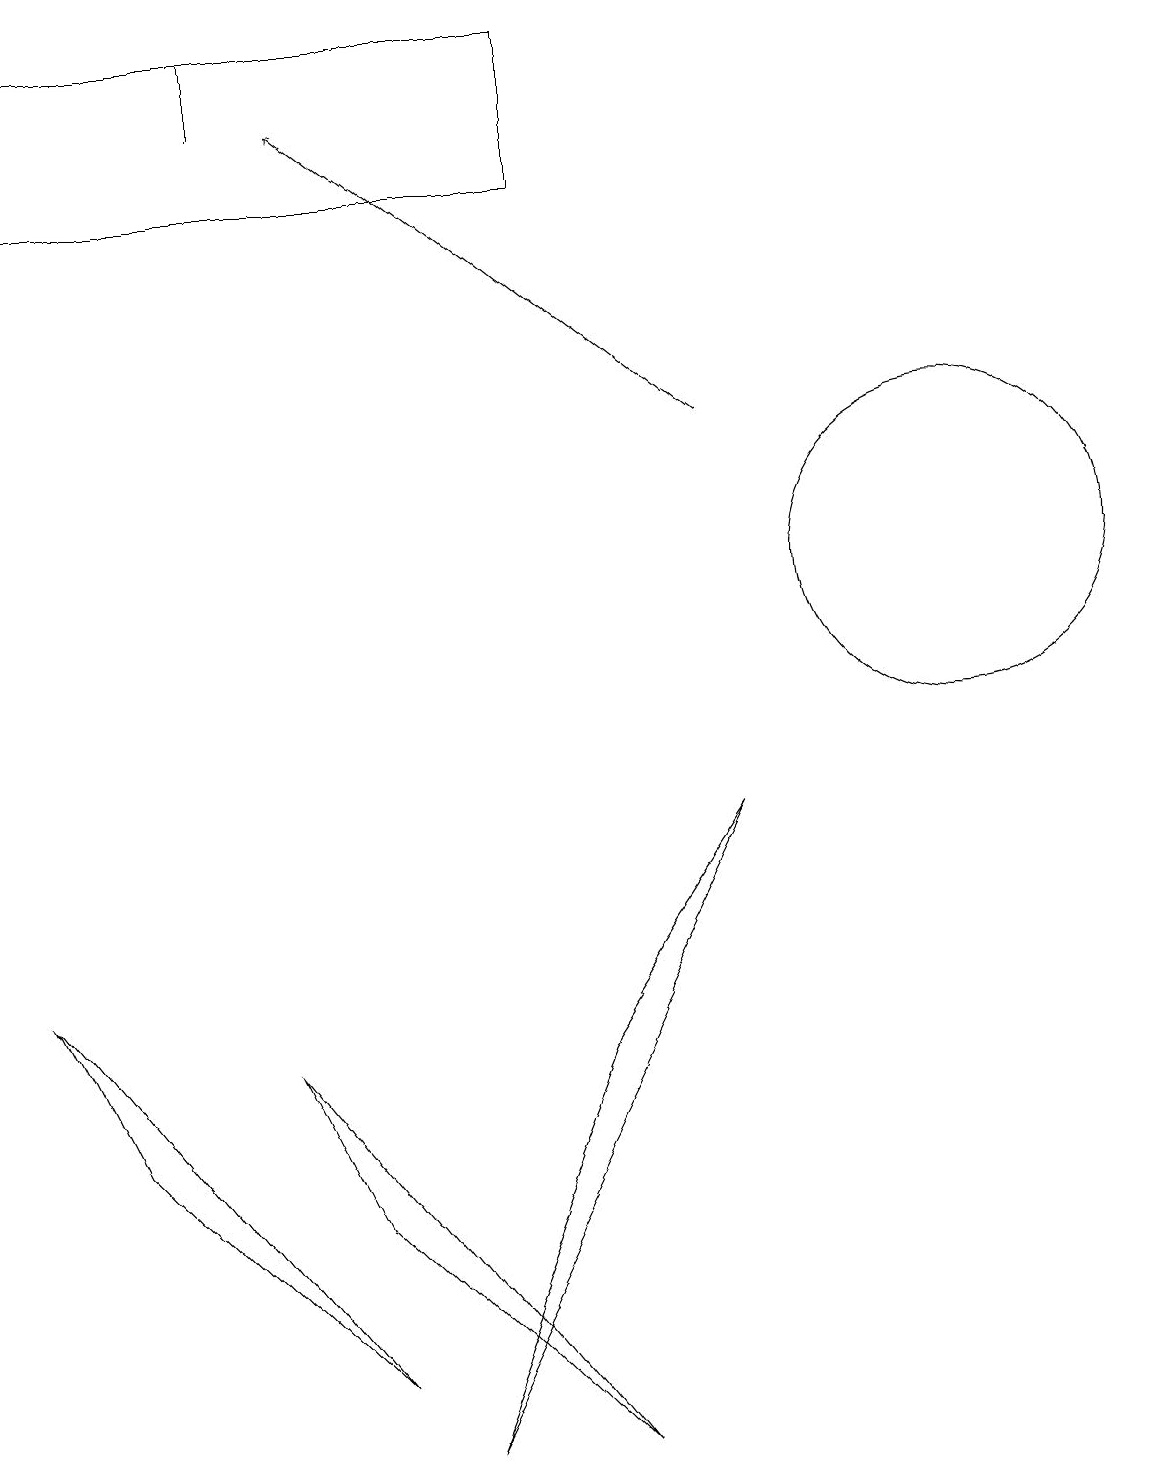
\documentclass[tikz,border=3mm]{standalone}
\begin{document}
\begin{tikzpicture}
\draw[->] (9,13) -- (4,17);
\draw (3,17) rectangle (3,18);
\draw (10,10) circle (0);
\draw (4,1) -- (1,4) -- (0,6) -- cycle;
\draw (5,0) -- (9,8) -- (7,5) -- cycle;
\draw (7,16) rectangle (0,18);
\draw (3,5) -- (4,3) -- (7,0) -- cycle;
\draw (12,11) circle (2);
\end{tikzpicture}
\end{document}